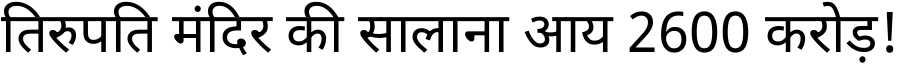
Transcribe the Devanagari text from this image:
तिरुपति मंदिर की सालाना आय 2600 करोड़!